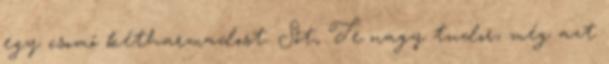
egy csomó kétharmadost. Sőt, Te nagy tudor, még azt